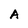
Character: A